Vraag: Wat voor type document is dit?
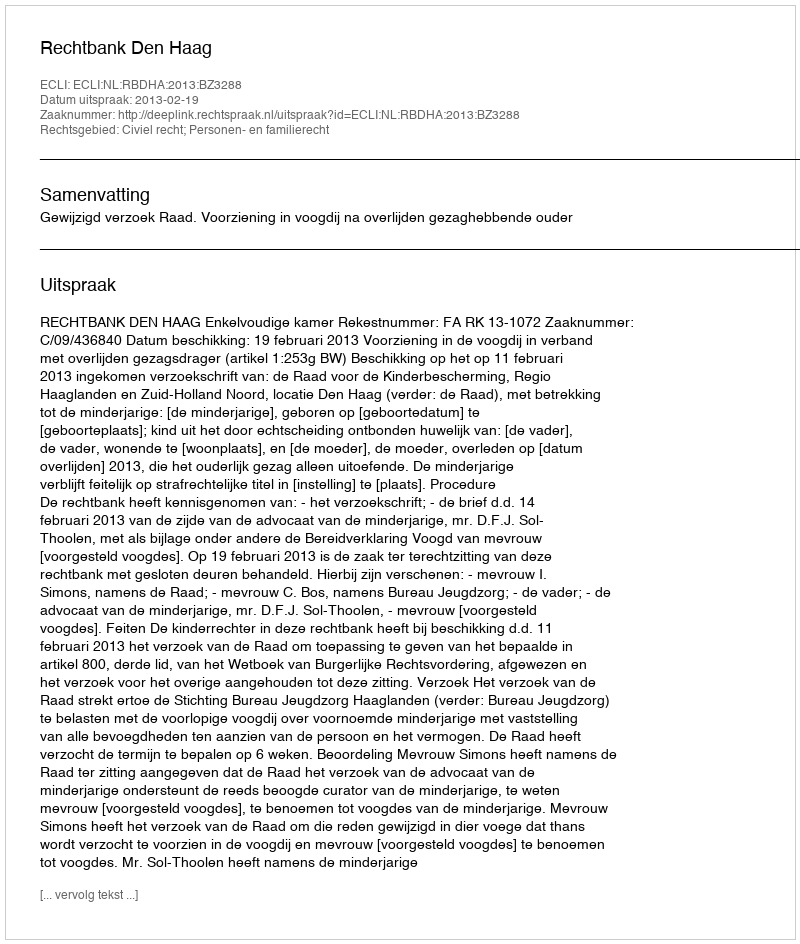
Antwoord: Uitspraak